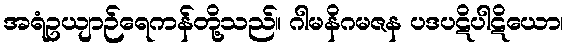
အရံဥယျာဉ်ရေကန်တို့သည်။ ဂါမနိဂမဇန ပဒပဋိပါဋိယော၊